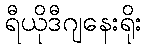
ရီယိုဒီဂျနေးရိုး